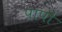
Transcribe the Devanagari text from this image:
पापॊं